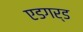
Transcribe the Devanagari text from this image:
एडगर्ड